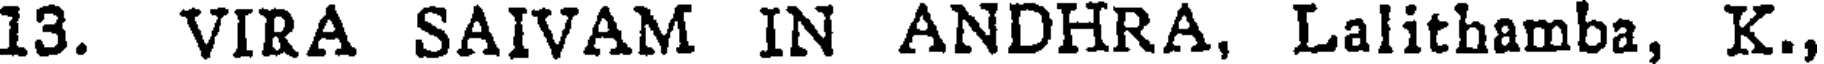
13. VIRA SAIVAM IN ANDHRA, Lalithamba, K.,